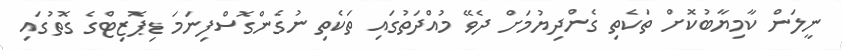
ނީލަން ކާމިޔާބުކޮށް ތަކެތި ގެންދިޔުމަށް ދެވޭ މުއްދަތުގައި ތަކެތި ނުގެންގޮސްފިނަމަ ޑިޕޮޒިޓްގެ ގޮތުގައި